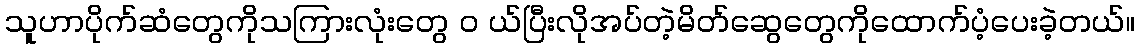
သူဟာပိုက်ဆံတွေကိုသကြားလုံးတွေ ၀ ယ်ပြီးလိုအပ်တဲ့မိတ်ဆွေတွေကိုထောက်ပံ့ပေးခဲ့တယ်။